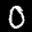
Label: 0